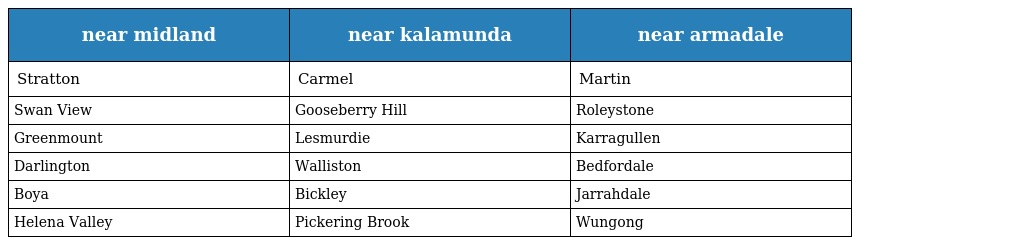
| near midland | near kalamunda | near armadale |
 | --- | --- | --- |
 | Stratton | Carmel | Martin |
 | Swan View | Gooseberry Hill | Roleystone |
 | Greenmount | Lesmurdie | Karragullen |
 | Darlington | Walliston | Bedfordale |
 | Boya | Bickley | Jarrahdale |
 | Helena Valley | Pickering Brook | Wungong |